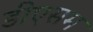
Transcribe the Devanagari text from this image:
डीएसम